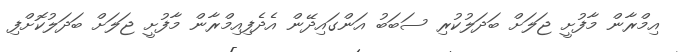
އިމްރާން މާފުށީ ޖަލަށް ބަދަލުކުރި ސަބަބު އަންގައިދޭން އެދެފިއިމްރާން މާފުށީ ޖަލަށް ބަދަލުކޮށްފި